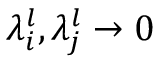
\lambda _ { i } ^ { l } , \lambda _ { j } ^ { l } \rightarrow 0